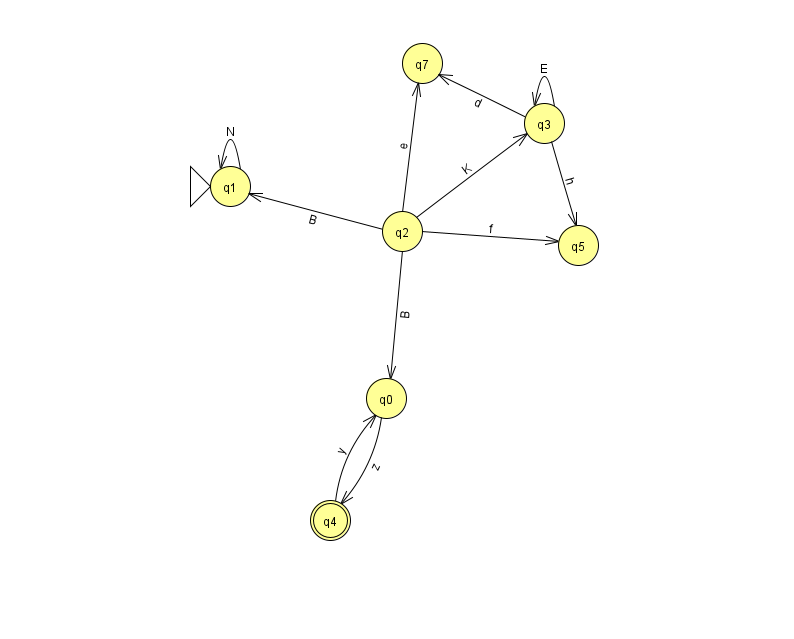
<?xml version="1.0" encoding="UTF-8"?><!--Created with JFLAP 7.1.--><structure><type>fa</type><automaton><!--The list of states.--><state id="0" name="q0"><x>386.0</x><y>385.0</y></state><state id="1" name="q1"><x>230.0</x><y>173.0</y><initial/></state><state id="2" name="q2"><x>402.0</x><y>218.0</y></state><state id="3" name="q3"><x>544.0</x><y>110.0</y></state><state id="4" name="q4"><x>330.0</x><y>507.0</y><final/></state><state id="5" name="q5"><x>578.0</x><y>232.0</y></state><state id="7" name="q7"><x>422.0</x><y>50.0</y></state><!--The list of transitions.--><transition><from>2</from><to>1</to><read>B</read></transition><transition><from>3</from><to>5</to><read>h</read></transition><transition><from>3</from><to>3</to><read>E</read></transition><transition><from>2</from><to>0</to><read>B</read></transition><transition><from>2</from><to>3</to><read>K</read></transition><transition><from>4</from><to>0</to><read>y</read></transition><transition><from>2</from><to>5</to><read>f</read></transition><transition><from>1</from><to>1</to><read>N</read></transition><transition><from>3</from><to>7</to><read>d</read></transition><transition><from>0</from><to>4</to><read>z</read></transition><transition><from>2</from><to>7</to><read>e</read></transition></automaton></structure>